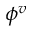
\phi ^ { v }